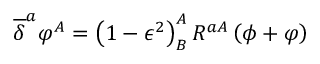
\overline { { { \delta } } } ^ { a } \varphi ^ { A } = \left( 1 - \epsilon ^ { 2 } \right) _ { B } ^ { A } R ^ { a A } \left( \phi + \varphi \right)